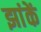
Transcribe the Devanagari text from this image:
झांकें